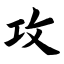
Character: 攻